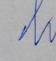
Signature authenticity: forged